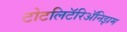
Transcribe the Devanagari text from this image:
टोटलिटॅरिॲनिझम